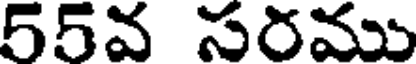
55వ సరము